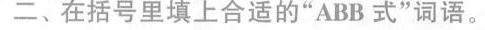
二、在括号里填上合适的”ABB式”词语。